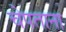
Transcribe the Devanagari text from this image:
चेपताना